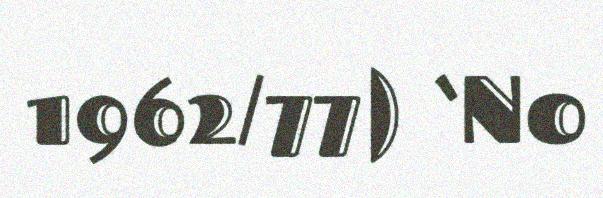
1962/77) ‘No